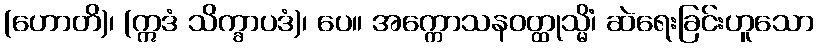
(ဟောတိ)၊ (ဣဒံ သိက္ခာပဒံ)၊ ပေ။ အက္ကောသနဝတ္ထုသ္မိံ၊ ဆဲရေးခြင်းဟူသော